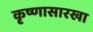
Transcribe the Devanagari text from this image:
कृष्णासारखा